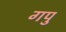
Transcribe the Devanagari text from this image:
गपु